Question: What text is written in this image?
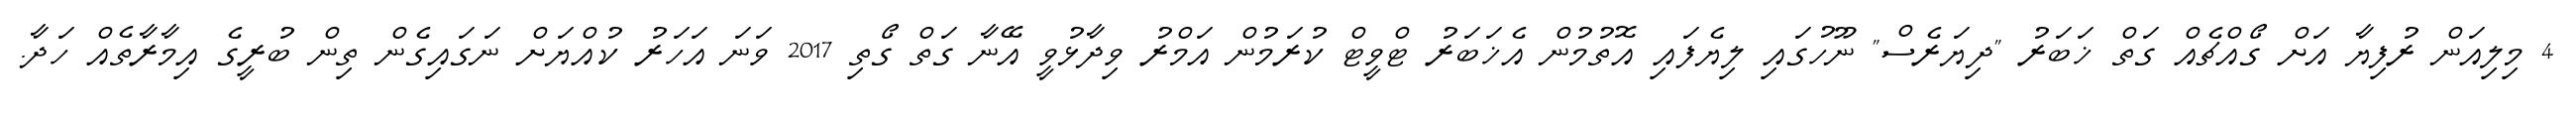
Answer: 4 މިލިއަން ރުފިޔާ އަށް ގޯއްޗެއް ގަތް ޚަބަރު "ދިޔަރެސް" ނޫހުގައި ލިޔެފައި އޮތުމުން އެޚަބަރު ޓްވީޓް ކުރަމުން އަމްރު ވިދާޅުވީ އޭނާ ގަތް ގޯތި 2017 ވަނަ އަހަރު ކުއްޔަށް ނަގައިގެން ތިން ބުރީގެ އިމާރާތެއް ހަދާ.